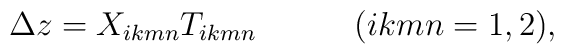
\Delta z=X_{ikmn}T_{ikmn}~~~~~~~~~(ikmn=1,2),